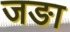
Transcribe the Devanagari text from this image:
जङा